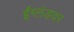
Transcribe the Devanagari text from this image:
ईंग्लंडवर